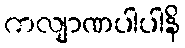
ကလျာဏပါပါနိ